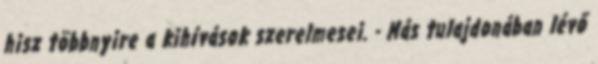
hisz többnyire a kihívások szerelmesei. - Más tulajdonában lévő